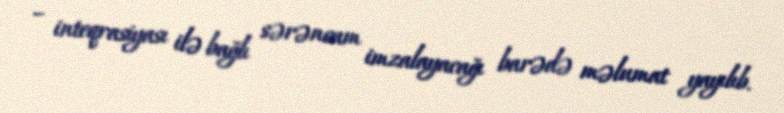
– inteqrasiyası ilə bağlı sərəncam imzalayacağı barədə məlumat yayılıb.